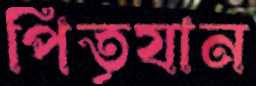
পিতৃযান